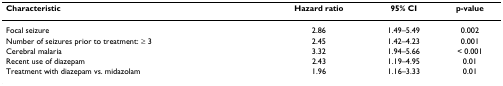
| Characteristic | Hazard ratio | 95% CI | p-value |
 | --- | --- | --- | --- |
 | Focal seizure | 2.86 | 1.49–5.49 | 0.002 |
 | Number of seizures prior to treatment: ≥ 3 | 2.45 | 1.42–4.23 | 0.001 |
 | Cerebral malaria | 3.32 | 1.94–5.66 | < 0.001 |
 | Recent use of diazepam | 2.43 | 1.19–4.95 | 0.01 |
 | Treatment with diazepam vs. midazolam | 1.96 | 1.16–3.33 | 0.01 |